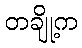
တချို့က